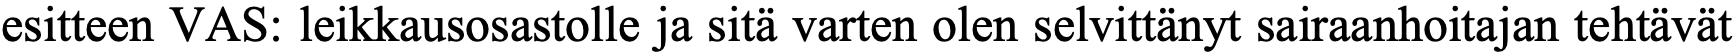
esitteen VAS: leikkausosastolle ja sitä varten olen selvittänyt sairaanhoitajan tehtävät